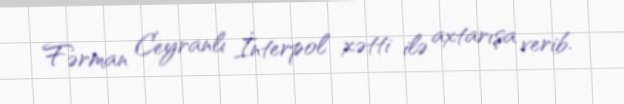
Fərman Ceyranlı İnterpol xətti ilə axtarışa verib.